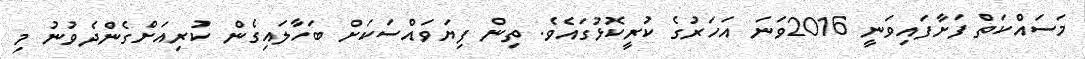
މަސައްކަތް ފަށާފައިވަނީ 2016ވަނަ އަހަރުގެ ކުރީކޮޅުގައެވެ. ތިން ފިޔަވައްސަކަށް ބަހާލައިގެން ކުރިއަށްގެންދެވުނު މި